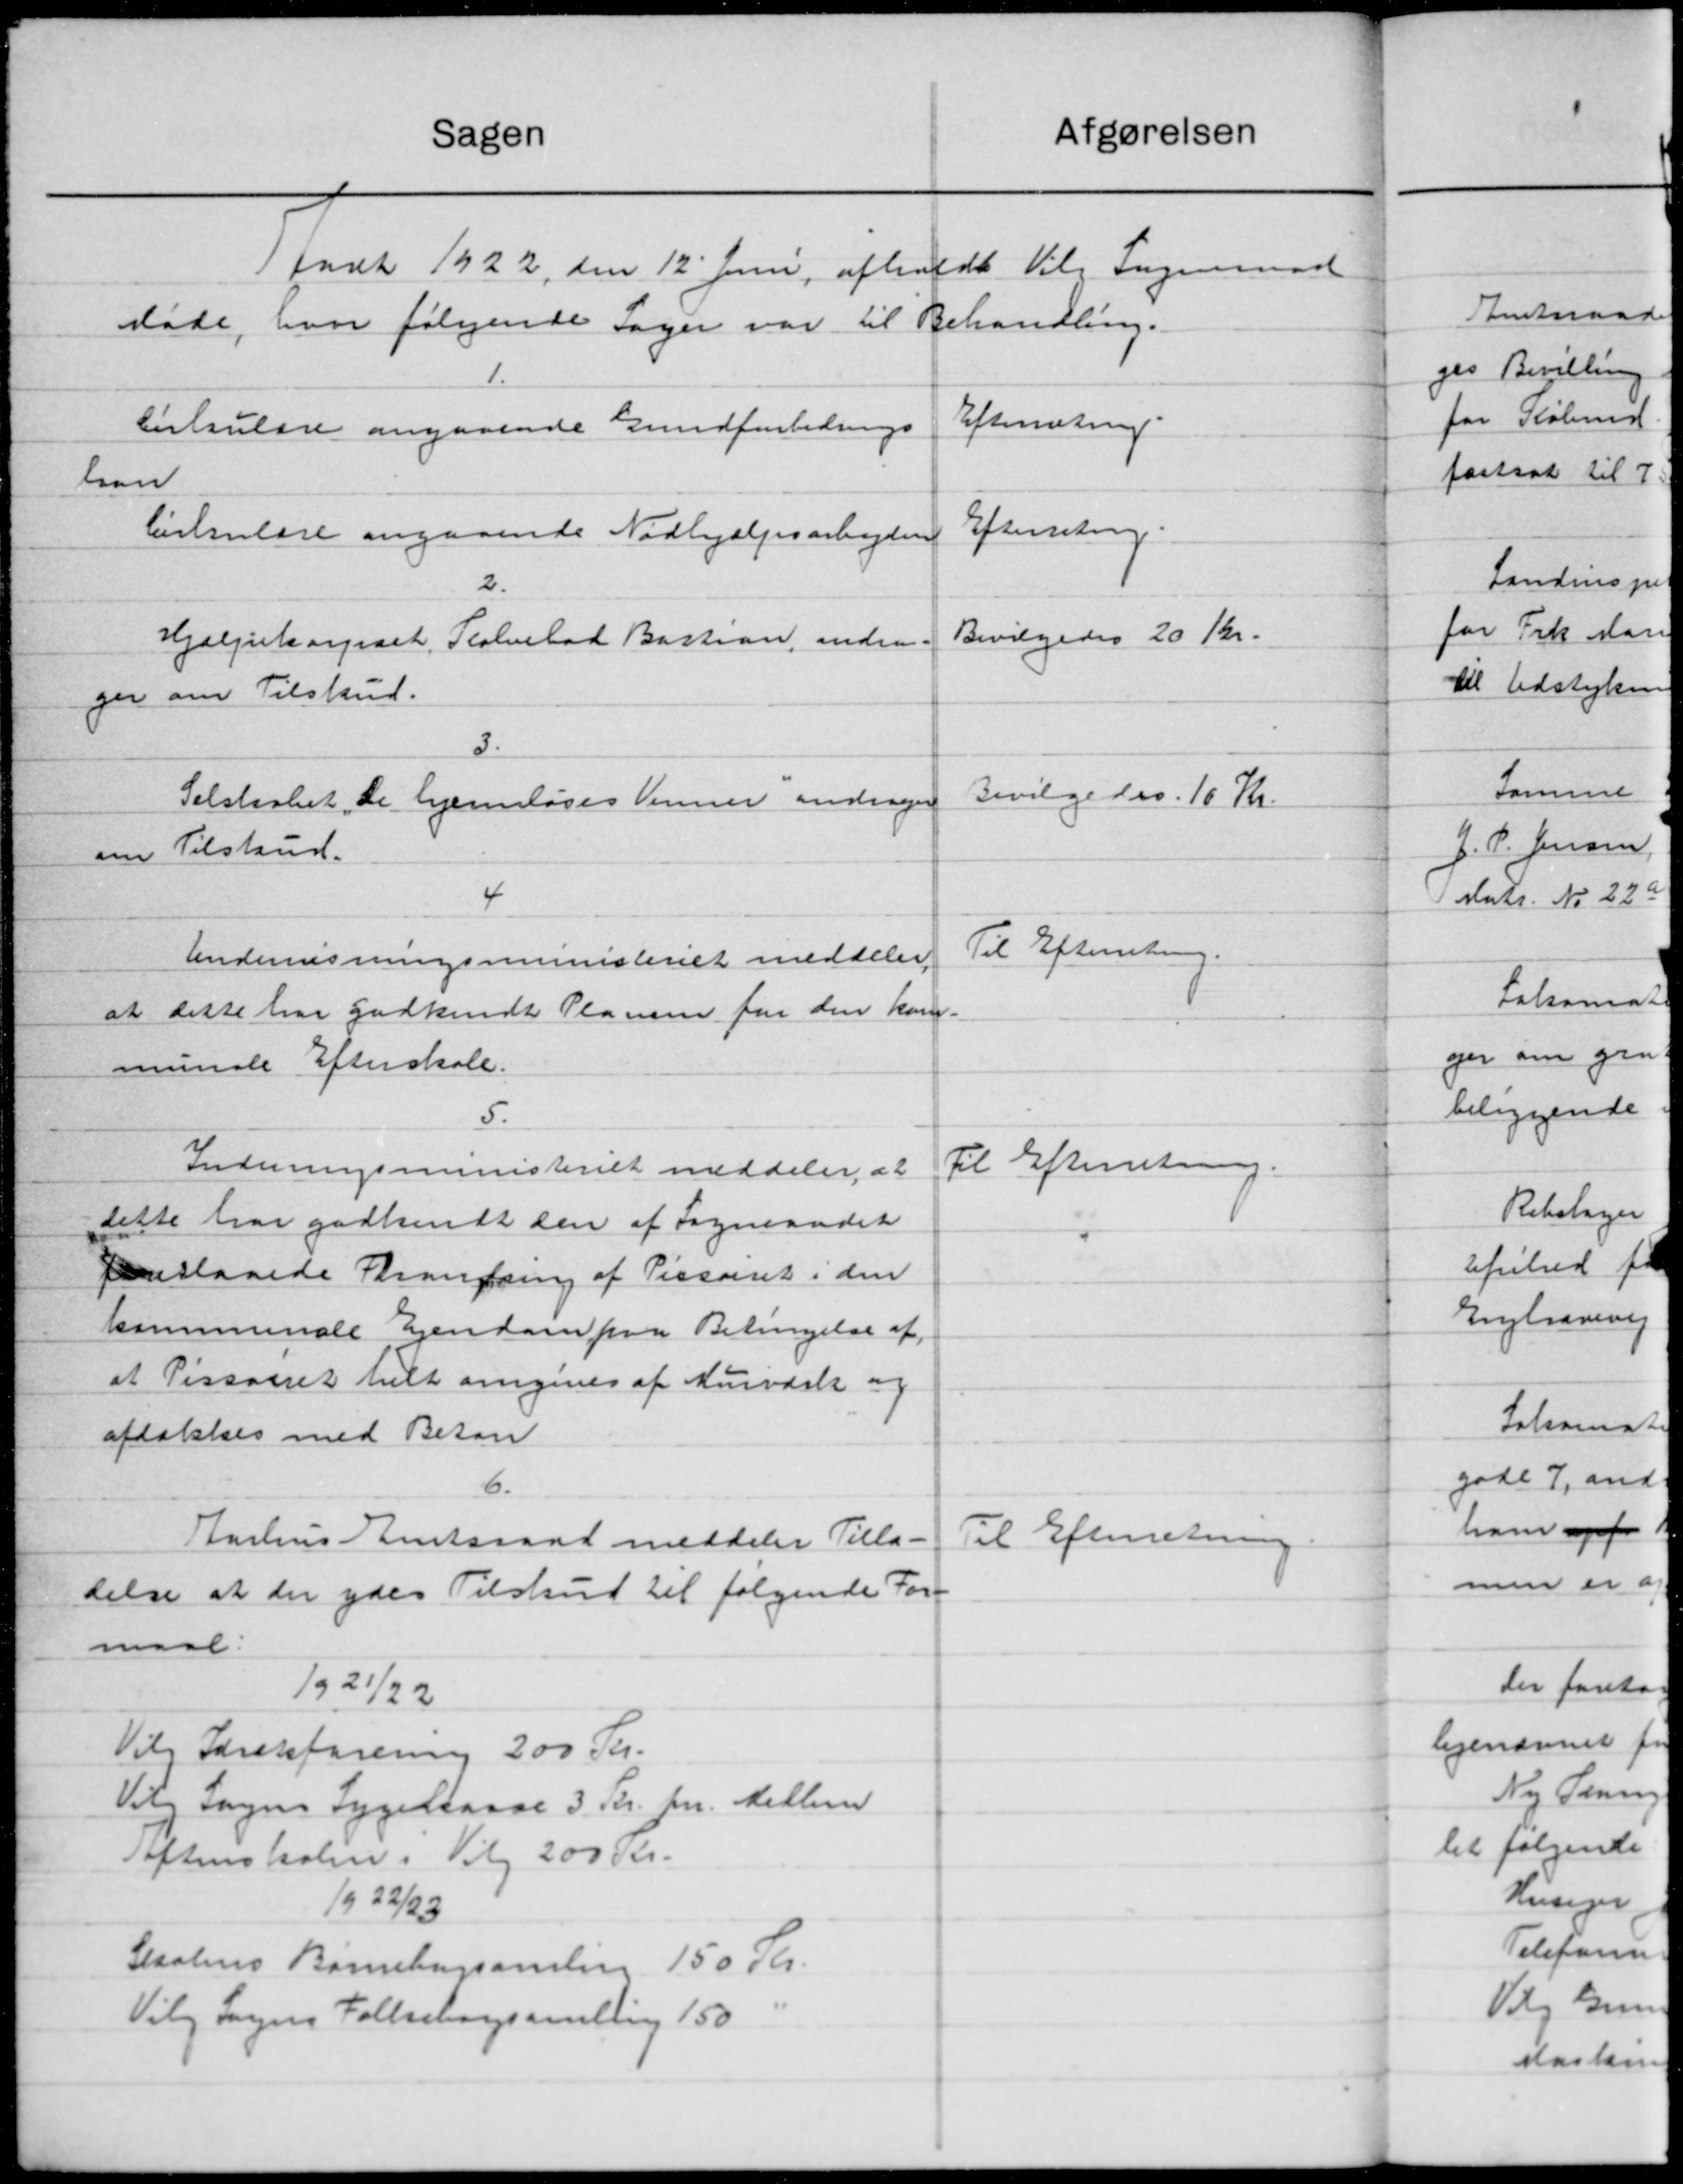
Transskription:
Afgørelsen
Sagen
1 født 1922, den 12' Juni afholdt Vil Ingeneraad
Møde, hvor følgende Sager var til Behandling.
1.
Efterretning.
Cirkulære angaaende Gundforbedrings
han
Efterretning.
Cirkulære angaaende Nødhjælpsarbejdere
2.
Bevilgedes 20 Kr.
Hjælpekasseret. Plolvelad Bastian, andra-
ger om Tilskud.
3.
Bevilgedes 10 Kr.
Selskabet "De hjemløses Venner andrager
om Tilskud.
4
Til Efterretning.
Undervisningsministeriet meddeler
at dette har godkendt Planen for den kom-
munale Efterskole.
5.
Til Efterretning.
Indenrigsministeriet meddeler at
dette har godkendt den af Sogneraadet
enslaaede Strandring af Pissoiret i den
kommunale Ejendom paa Betingelse af
at Pissoiret helt omgives af Murværk og
aftalelses med Beson
6.
Til Efterretning
Aarhus Amtsraad meddeler Tilla-
delse at der ydes Tilskud til følgende For-
maal.
1/9 21/22
Vilg Idrætsforening 200 Kr.
Vilg Sogens Sygekasse 3 Kr. pr. Mellem
Aftenskolen i Vilg 200 Kr.
1922/23
Skolens Børnebogsamling 150 Kr.
Vilg Sagens Folkebogsamling 150